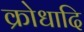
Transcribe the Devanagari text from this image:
क्रोधादि